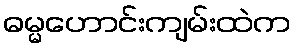
ဓမ္မဟောင်းကျမ်းထဲက